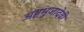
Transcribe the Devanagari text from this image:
अष्टभुजादेवी